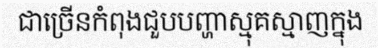
ជាច្រើនកំពុងជួបបញ្ហាស្មុគស្មាញក្នុង